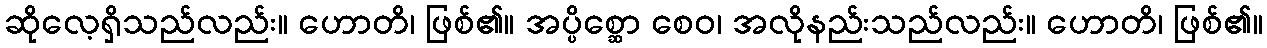
ဆိုလေ့ရှိသည်လည်း။ ဟောတိ၊ ဖြစ်၏။ အပ္ပိစ္ဆော စေဝ၊ အလိုနည်းသည်လည်း။ ဟောတိ၊ ဖြစ်၏။